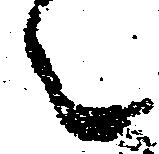
々